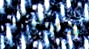
همسات